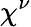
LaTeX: \chi^{\nu}